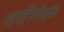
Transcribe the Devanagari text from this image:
तापनिरोधक